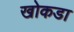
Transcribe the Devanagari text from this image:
खोकडा